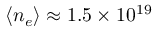
\langle n _ { e } \rangle \approx 1 . 5 \times 1 0 ^ { 1 9 }